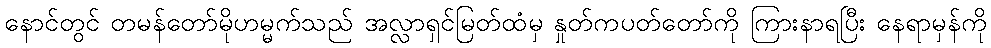
နောင်တွင် တမန်တော်မိုဟမ္မက်သည် အလ္လာရှင်မြတ်ထံမှ နှုတ်ကပတ်တော်ကို ကြားနာရပြီး နေရာမှန်ကို